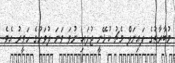
މުބާރާތުގެ ފައިނަލް މެޗު ކުޅޭނީ ޖުލައި ނުވަ ވަނަ ދުވަހުގެ ހަވީރު އެވެ.